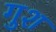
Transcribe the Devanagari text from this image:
गुश